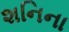
શનિના